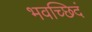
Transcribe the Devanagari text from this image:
भवच्छिदं